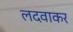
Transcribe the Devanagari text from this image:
लदवाकर